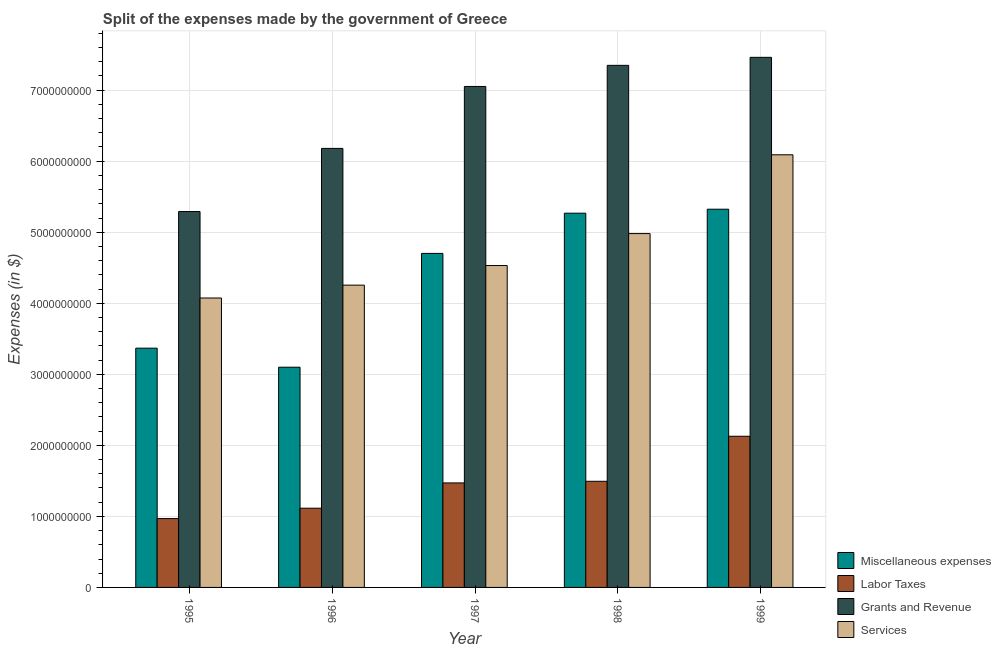
| Year | Miscellaneous expenses | Labor Taxes | Grants and Revenue | Services |
 | --- | --- | --- | --- | --- |
 | 1995 | 3.37e+09 | 9.69e+08 | 5.29e+09 | 4.07e+09 |
 | 1996 | 3.1e+09 | 1.12e+09 | 6.18e+09 | 4.26e+09 |
 | 1997 | 4.7e+09 | 1.47e+09 | 7.05e+09 | 4.53e+09 |
 | 1998 | 5.27e+09 | 1.49e+09 | 7.35e+09 | 4.98e+09 |
 | 1999 | 5.32e+09 | 2.13e+09 | 7.46e+09 | 6.09e+09 |